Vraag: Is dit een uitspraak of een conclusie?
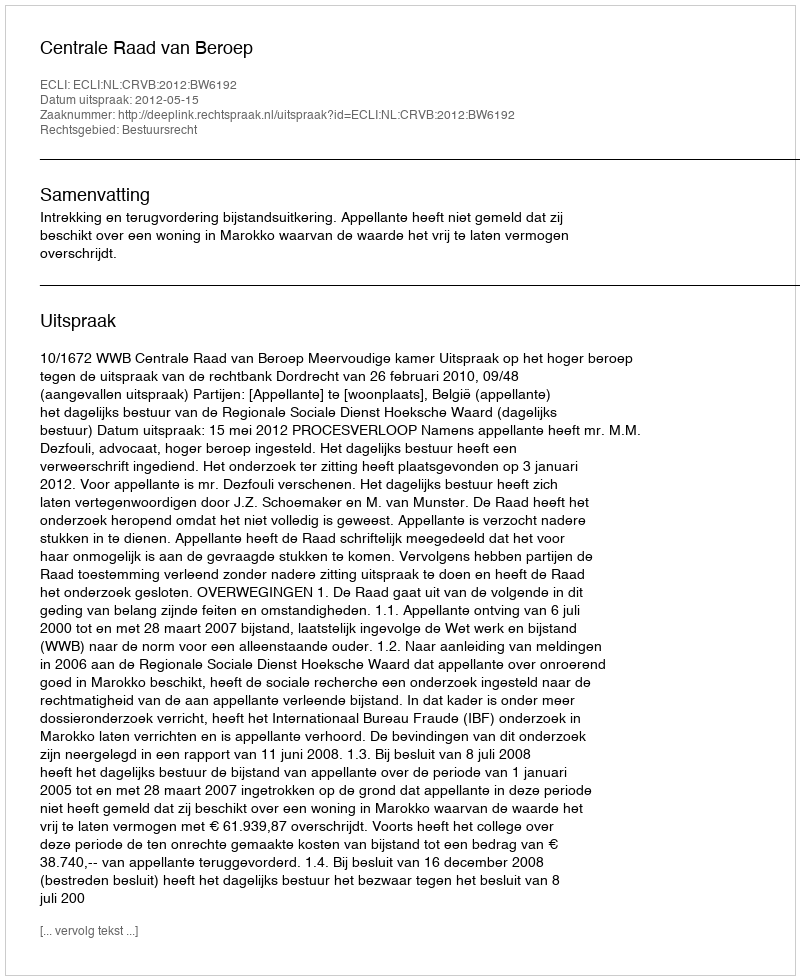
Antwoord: Uitspraak